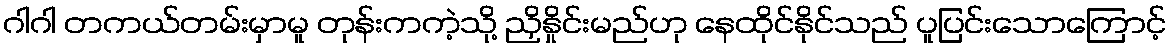
ဂါဂါ တကယ်တမ်းမှာမူ တုန်းကကဲ့သို့ ညှိနှိုင်းမည်ဟု နေထိုင်နိုင်သည် ပူပြင်းသောကြောင့်